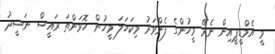
މީ އެމްޑީޕީއިން ނެރޭ މީހުންގެ ފެންވަރު މިކަހަލަ މީހުން ހޮވަންތަ ރައީސް ނަޝީދު